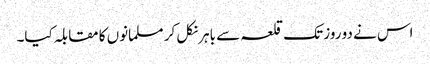
اس نے دو روز تک قلعہ سے باہر نکل کر مسلمانوں کا مقابلہ کیا۔